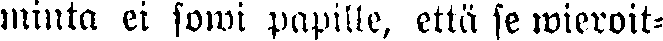
minta ei sowi papille, että se wieroit-